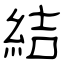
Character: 結